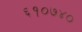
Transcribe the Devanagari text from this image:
६१०७४०